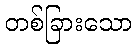
တစ်ခြားသော